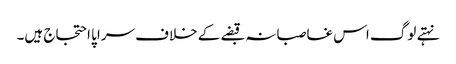
نہتے لوگ اس غاصبانہ قبضے کے خلاف سراپا احتجاج ہیں۔